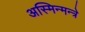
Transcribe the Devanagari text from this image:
अस्मिन्मन्त्रे